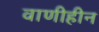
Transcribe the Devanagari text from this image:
वाणीहीन